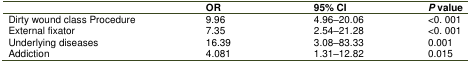
<table><thead><tr><td></td><td><b>OR</b></td><td><b>95% CI</b></td><td><b>P value</b></td></tr></thead><tbody><tr><td>Dirty wound class Procedure</td><td>9.96</td><td>4.96–20.06</td><td>&lt;0.001</td></tr><tr><td>External fixator</td><td>7.35</td><td>2.54–21.28</td><td>&lt;0.001</td></tr><tr><td>Underlying diseases</td><td>16.39</td><td>3.08–83.33</td><td>0.001</td></tr><tr><td>Addiction</td><td>4.081</td><td>1.31–12.82</td><td>0.015</td></tr></tbody></table>